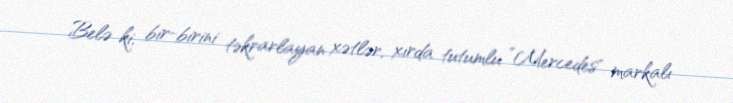
Belə ki, bir-birini təkrarlayan xətlər, xırda tutumlu ”Mercedes" markalı